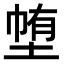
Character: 𭎽